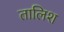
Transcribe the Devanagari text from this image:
तालिश